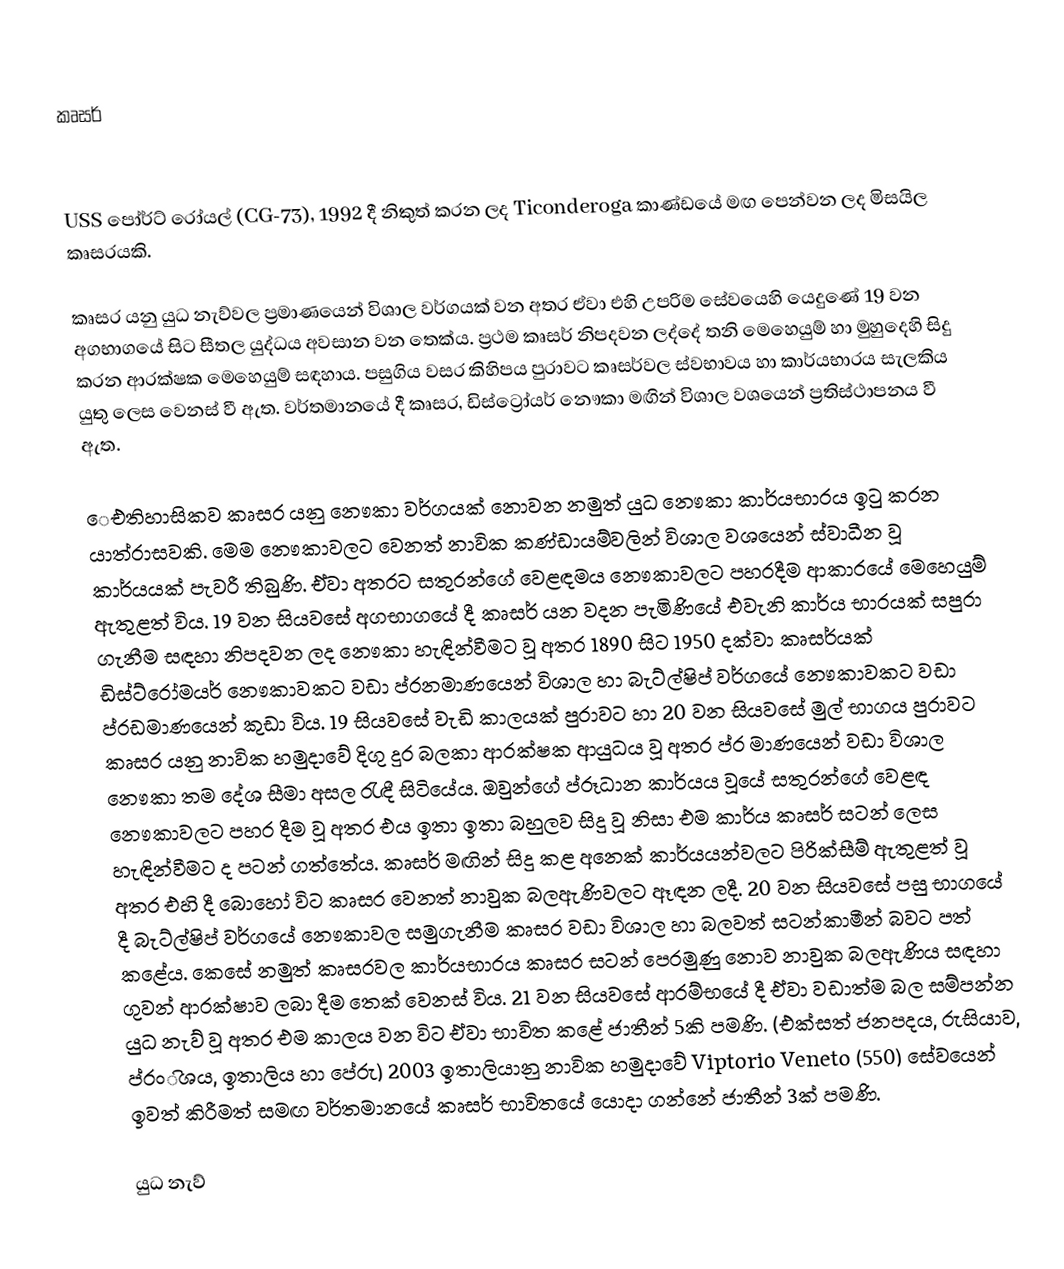
කෘසර්

USS පෝර්ට් රෝයල් (CG-73), 1992 දී නිකුත් කරන ලද Ticonderoga කාණ්ඩයේ මඟ පෙන්වන ලද මිසයිල කෘසරයකි.

කෘසර යනු යුධ නැව්වල ප්‍රමාණයෙන් විශාල වර්ගයක් වන අතර ඒවා එහි උපරිම සේවයෙහි යෙදුණේ 19 වන අගභාගයේ සිට සීතල යුද්ධය අවසාන වන තෙක්ය. ප්‍රථම කෘසර් නිපදවන ලද්දේ තනි මෙහෙයුම් හා මුහුදෙහි සිදු කරන ආරක්ෂක මෙහෙයුම් සඳහාය. පසුගිය වසර කිහිපය පුරාවට කෘසර්වල ස්වභාවය හා කාර්යභාරය සැලකිය යුතු ලෙස වෙනස් වී ඇත. ව‍ර්තමානයේ දී කෘසර, ඩිස්ට්‍රෝයර් නෞකා මඟින් විශාල වශයෙන් ප්‍රතිස්ථාපනය වී ඇත.

‍ෙඑතිහාසිකව කෘසර යනු නෞකා වර්ගයක් නොවන නමුත් යුධ නෞකා කාර්යභාරය ඉටු කරන යාත්රාසවකි. මෙම නෞකාවලට වෙනත් නාවික කණ්ඩායම්වලින් විශාල වශයෙන් ස්වාධීන වූ කාර්යයක් පැවරී තිබුණි. ඒවා අතරට සතුරන්ගේ වෙළඳමය නෞකාවලට පහරදීම ආකාරයේ මෙහෙයුම් ඇතුළත් විය. 19 වන සියවසේ අගභාගයේ දී කෘසර් යන වදන පැමිණියේ එවැනි කාර්ය භාරයක් සපුරා ගැනීම සඳහා නිපදවන ලද නෞකා හැඳින්වීමට වූ අතර 1890 සිට 1950 දක්වා කෘසර්යක් ඩිස්ට්රෝමයර් නෞකාවකට වඩා ප්රනමාණයෙන් විශාල හා බැට්ල්ෂිප් වර්ගයේ නෞකාවකට වඩා ප්රඩමාණයෙන් කුඩා විය. 19 සියවසේ වැඩි කාලයක් පුරාවට හා 20 වන සිය‍වසේ මුල් භාගය පුරාවට කෘසර යනු නාවික හමුදාවේ දිගු දුර බලකා ආරක්ෂක ආයුධය වූ අතර ප්ර මාණයෙන් වඩා විශාල නෞකා තම දේශ සීමා අසල රැඳී සිටියේය. ඔවුන්ගේ ප්රූධාන කාර්යය වූයේ සතුරන්ගේ වෙළඳ නෞකාවලට පහර දීම වූ අතර එය ඉතා ඉතා බහුලව සිදු වූ නිසා එම කාර්ය කෘසර් සටන් ලෙස හැඳින්වීමට ද පටන් ගත්තේය. කෘසර් මඟින් සිදු කළ අනෙක් කාර්යයන්වලට පිරික්සීම් ඇතුළත් වූ අතර එහි දී බොහෝ විට කෘසර වෙනත් නාවුක බලඇණිවලට ඈඳන ලදී. 20 වන සියවසේ පසු භාගයේ දී බැට්ල්ෂිප් වර්ගයේ නෞකාවල සමුගැනීම කෘසර වඩා විශාල හා බලවත් සටන්කාමීන් බවට පත් කළේය. කෙසේ නමුත් කෘසරවල කාර්යභාරය කෘසර සටන් පෙරමුණු නොව නාවුක බලඇණිය සඳහා ගුවන් ආරක්ෂාව ලබා දීම තෙක් වෙනස් විය. 21 වන සිය‍වසේ ආරම්භයේ දී ඒවා වඩාත්ම බල සම්පන්න යුධ නැව් වූ අතර එම කාලය වන විට ඒවා භාවිත කළේ ජාතීන් 5කි පමණි. (එක්සත් ජනපදය, රුසියාව, ප්රංිශය, ඉතාලිය හා පේරු) 2003 ඉතාලියානු නාවික හමුදාවේ Viptorio Veneto (550) සේවයෙන් ඉවත් කිරීමත් සමඟ වර්තමානයේ කෘසර් භාවිතයේ යොදා ගන්නේ ජාතීන් 3ක් පමණි.

යුධ නැව්